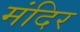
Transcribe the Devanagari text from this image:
मंदिर